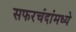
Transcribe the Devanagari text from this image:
सफरचंदांमध्ये